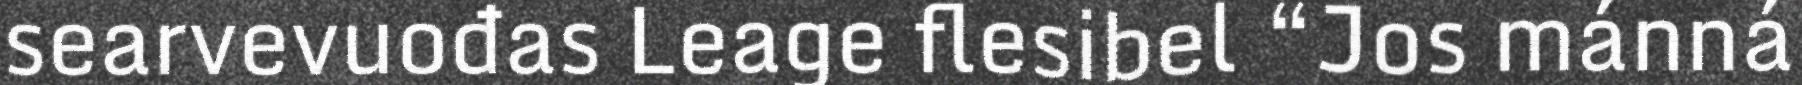
searvevuođas Leage flesibel “Jos mánná